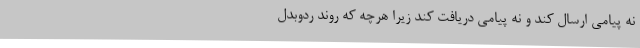
نه پیامی ارسال کند و نه پیامی دریافت کند زیرا هرچه که روند ردوبدل